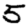
Digit: 5